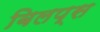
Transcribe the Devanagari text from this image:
बिलप्स